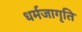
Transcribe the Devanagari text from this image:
धर्मजागृति